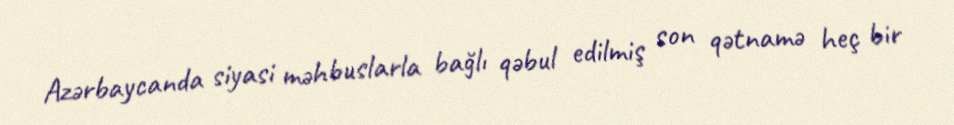
Azərbaycanda siyasi məhbuslarla bağlı qəbul edilmiş son qətnamə heç bir